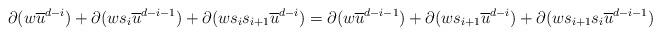
LaTeX: \begin{align*}\partial(w\overline{u}^{d-i})+\partial(ws_i\overline{u}^{d-i-1})+\partial(ws_is_{i+1}\overline{u}^{d-i})=\partial(w\overline{u}^{d-i-1})+\partial(ws_{i+1}\overline{u}^{d-i})+\partial(ws_{i+1}s_i\overline{u}^{d-i-1})\end{align*}